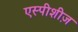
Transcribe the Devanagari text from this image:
एस्पीशीज़